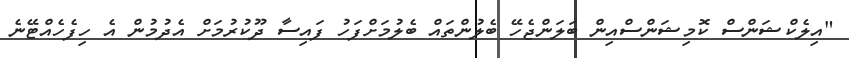
"އިލެކްޝަންސް ކޮމިޝަންސްއިން ބަަލަންޖެހޭ ބެލުންތައް ބެލުމަށްފަހު ފައިސާ ދޫކުރުމަށް އެދުމުން އެ ހިފެހެއްޓޭނެ